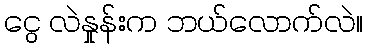
ငွေ လဲနှုန်းက ဘယ်လောက်လဲ။